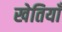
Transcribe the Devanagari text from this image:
खेतियाँ